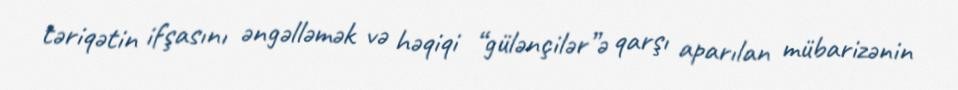
təriqətin ifşasını əngəlləmək və həqiqi “gülənçilər”ə qarşı aparılan mübarizənin